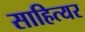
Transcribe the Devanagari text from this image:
साहित्यर